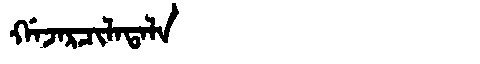
Manchu: ᡤᠠᠵᠠᡵᠴᡳᠯᠠᡨᠠᠯᠠ
Romanization: GAJARCILATALA